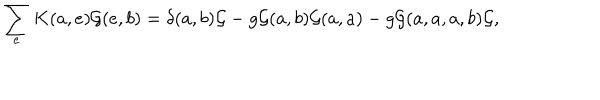
\sum _ { e } K ( a , e ) { \cal G } ( e , b ) = \delta ( a , b ) { \cal G } - g { \cal G } ( a , b ) { \cal G } ( a , a ) - g { \cal G } ( a , a , a , b ) { \cal G } ,